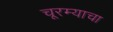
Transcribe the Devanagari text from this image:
चूरम्याचा